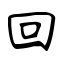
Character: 回